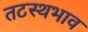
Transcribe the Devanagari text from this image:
तटस्थभाव